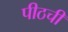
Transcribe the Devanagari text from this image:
पीठची